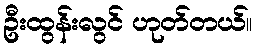
ဦးထွန်းလွင် ဟုတ်တယ်။